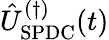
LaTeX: \hat{U}_{\mathrm{SPDC}}^{(\dagger)}(t)